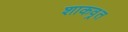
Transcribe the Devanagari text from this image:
शाकव्रत